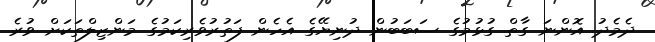
ދެމެދު އޮންނަ ގާތް ގުޅުމުގެ ސަބަބުން ދުނިޔޭގެ އެހެން ފަތުރުވެރިކަމުގެ މަންޒިލްތަކަށް ވުރެ